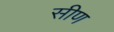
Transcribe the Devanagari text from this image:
सीण